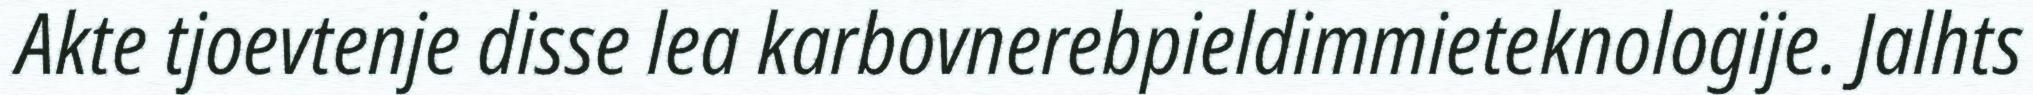
Akte tjoevtenje disse lea karbovnerebpieldimmieteknologije. Jalhts